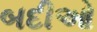
બદીઓ